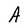
Character: A